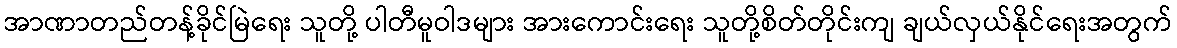
အာဏာတည်တန့်ခိုင်မြဲရေး သူတို့ ပါတီမူဝါဒများ အားကောင်းရေး သူတို့စိတ်တိုင်းကျ ချယ်လှယ်နိုင်ရေးအတွက်